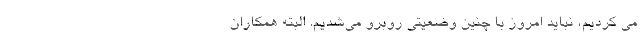
می کردیم، نباید امروز با چنین وضعیتی روبرو می‌شدیم. البته همکاران